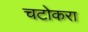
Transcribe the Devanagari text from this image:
चटोकरा